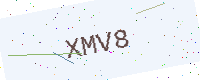
Text: XMV8